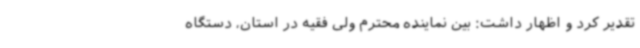
تقدیر کرد و اظهار داشت: بین نماینده محترم ولی فقیه در استان، دستگاه